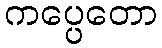
ကပ္ပေတော